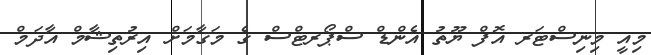
މިއީ މިނިސްޓަރ އޮފް ޔޫތު އެންޑް ސްޕޯރޓްސް ގެ މަޤާމަށް އިރުތިޝާމް އާދަމް